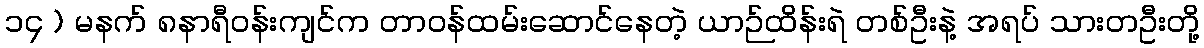
၁၄ ) မနက် ၈နာရီဝန်းကျင်က တာဝန်ထမ်းဆောင်နေတဲ့ ယာဉ်ထိန်းရဲ တစ်ဦးနဲ့ အရပ် သားတဦးတို့